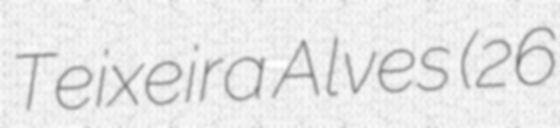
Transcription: Teixeira Alves (26